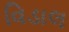
વિડાલ